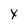
Character: x